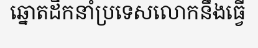
ឆ្នោតដឹកនាំប្រទេសលោកនឹងធ្វើ